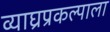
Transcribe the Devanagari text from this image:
व्याघ्रप्रकल्पाला